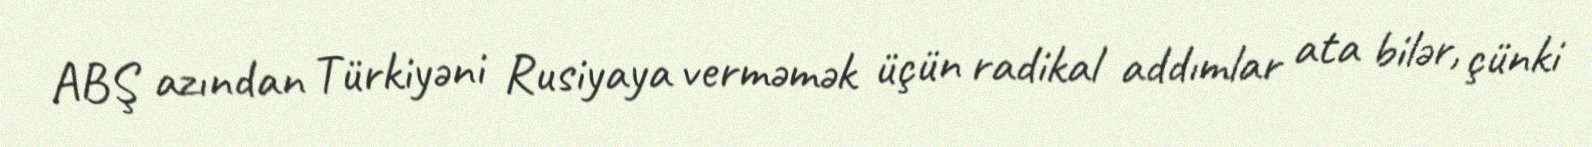
ABŞ azından Türkiyəni Rusiyaya verməmək üçün radikal addımlar ata bilər, çünki